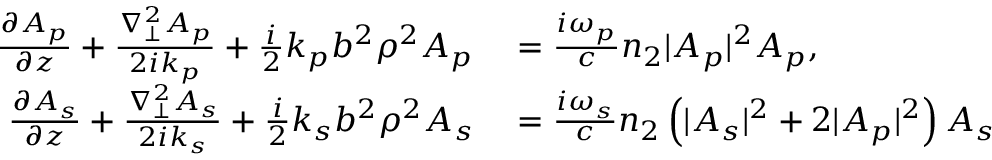
\begin{array} { r l } { \frac { \partial A _ { p } } { \partial z } + \frac { \nabla _ { \bot } ^ { 2 } A _ { p } } { 2 i k _ { p } } + \frac { i } { 2 } k _ { p } b ^ { 2 } \rho ^ { 2 } A _ { p } } & { { } = \frac { i \omega _ { p } } { c } n _ { 2 } | A _ { p } | ^ { 2 } A _ { p } , } \\ { \frac { \partial A _ { s } } { \partial z } + \frac { \nabla _ { \bot } ^ { 2 } A _ { s } } { 2 i k _ { s } } + \frac { i } { 2 } k _ { s } b ^ { 2 } \rho ^ { 2 } A _ { s } } & { { } = \frac { i \omega _ { s } } { c } n _ { 2 } \left( | A _ { s } | ^ { 2 } + 2 | A _ { p } | ^ { 2 } \right) A _ { s } } \end{array}